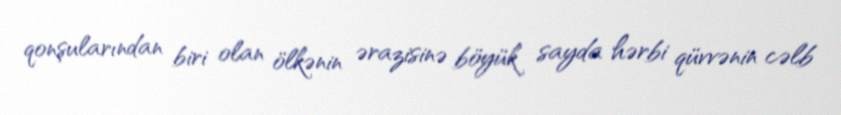
qonşularından biri olan ölkənin ərazisinə böyük sayda hərbi qüvvənin cəlb